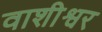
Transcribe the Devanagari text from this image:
वाशीश्वर